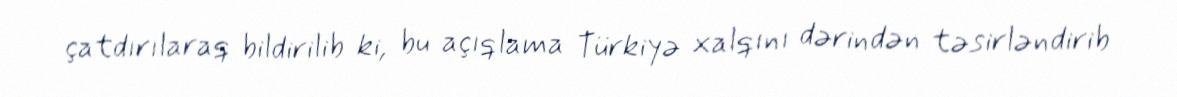
çatdırılaraq bildirilib ki, bu açıqlama Türkiyə xalqını dərindən təsirləndirib